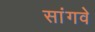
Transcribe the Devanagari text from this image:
सांगवे